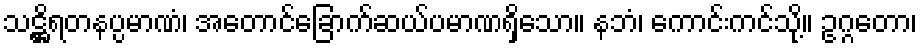
သဋ္ဌိရတနပ္ပမာဏံ၊ အတောင်ခြောက်ဆယ်ပမာဏရှိသော။ နဘံ၊ ကောင်းကင်သို့။ ဥဂ္ဂတော၊